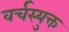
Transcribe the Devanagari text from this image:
वर्चस्युक्त